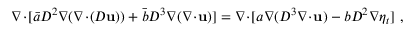
\nabla \! \cdot \! [ \bar { a } D ^ { 2 } \nabla ( \nabla \! \cdot \! ( D \mathbf { u } ) ) + \bar { b } D ^ { 3 } \nabla ( \nabla \! \cdot \! \mathbf { u } ) ] = \nabla \! \cdot \! [ a \nabla ( D ^ { 3 } \nabla \! \cdot \! \mathbf { u } ) - b D ^ { 2 } \nabla \eta _ { t } ] \ ,